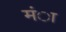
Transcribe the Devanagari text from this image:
मंा